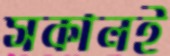
সকালই